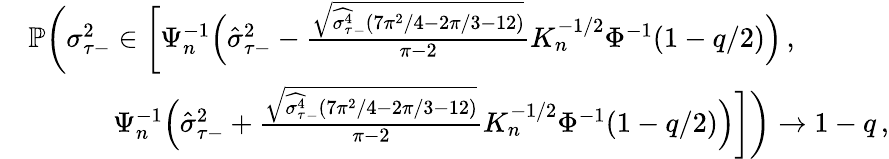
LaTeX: \begin{array}{rl}&{\mathbb{P}\bigg(\sigma_{\tau-}^{2}\in\bigg[\Psi_{n}^{-1}\Big(\hat{\sigma}_{\tau-}^{2}-\frac{\sqrt{\widehat{{\sigma_{\tau}^{4}}}_{-}(7\pi^{2}/4-2\pi/3-12)}}{\pi-2}K_{n}^{-1/2}\Phi^{-1}(1-q/2)\Big)\, ,}\\ &{\quad\quad\quad\Psi_{n}^{-1}\Big(\hat{\sigma}_{\tau-}^{2}+\frac{\sqrt{\widehat{{\sigma_{\tau}^{4}}}_{-}(7\pi^{2}/4-2\pi/3-12)}}{\pi-2}K_{n}^{-1/2}\Phi^{-1}(1-q/2)\Big)\bigg]\bigg)\to 1-q\, ,}\end{array}